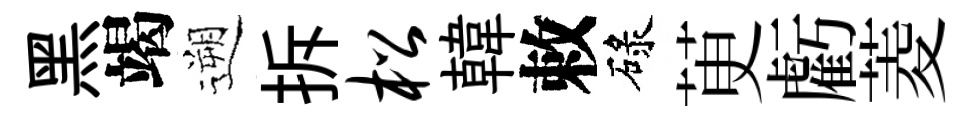
黑竭遡拆松韓敕碌茰虧菱